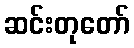
ဆင်းတုတော်